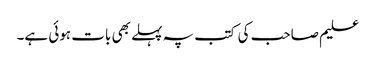
علیم صاحب کی کتب پہ پہلے بھی بات ہوئی ہے۔